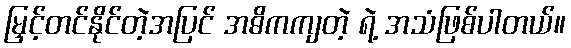
မြှင့်တင်နိုင်တဲ့အပြင် အဓိကကျတဲ့ ရဲ့ အသံဖြစ်ပါတယ်။